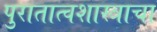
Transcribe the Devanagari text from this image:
पुरातात्वशास्त्राचा